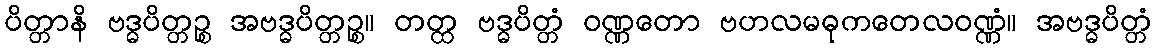
ပိတ္တာနိ ဗဒ္ဓပိတ္တဉ္စ အဗဒ္ဓပိတ္တဉ္စ။ တတ္ထ ဗဒ္ဓပိတ္တံ ဝဏ္ဏတော ဗဟလမဓုကတေလဝဏ္ဏံ။ အဗဒ္ဓပိတ္တံ